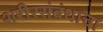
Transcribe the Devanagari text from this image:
शरीरसंबंधाचा